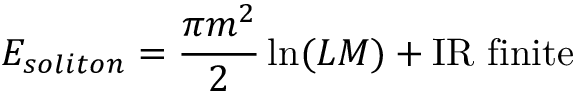
E _ { s o l i t o n } = \frac { \pi m ^ { 2 } } { 2 } \ln ( L M ) + \mathrm { I R \ f i n i t e }